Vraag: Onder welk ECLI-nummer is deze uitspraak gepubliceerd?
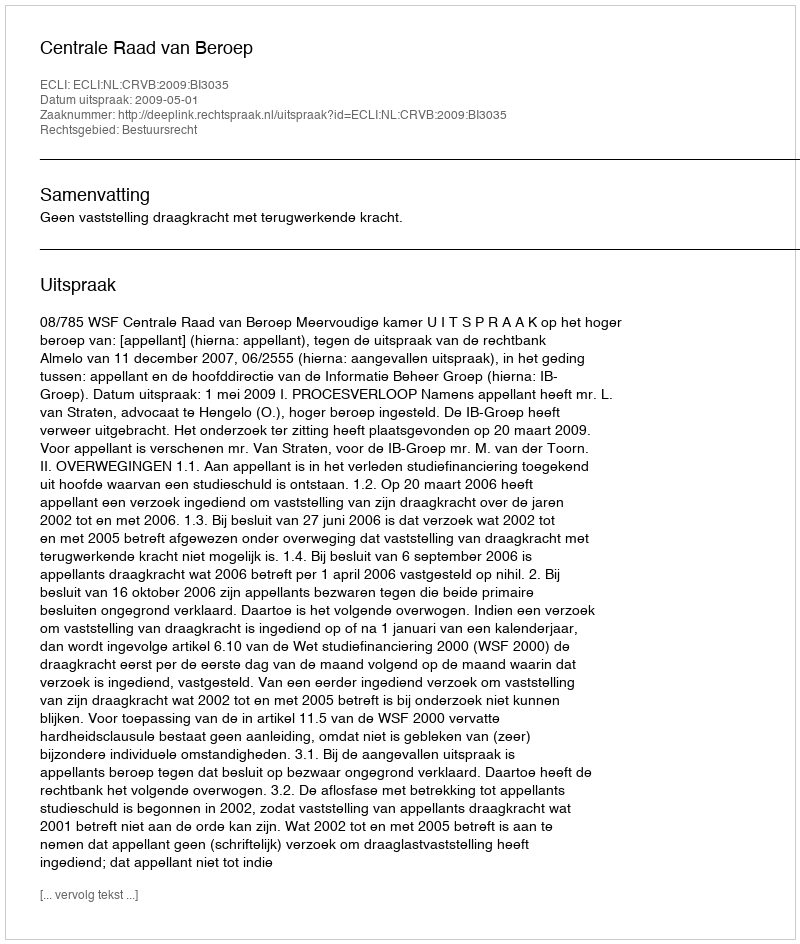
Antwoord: ECLI:NL:CRVB:2009:BI3035